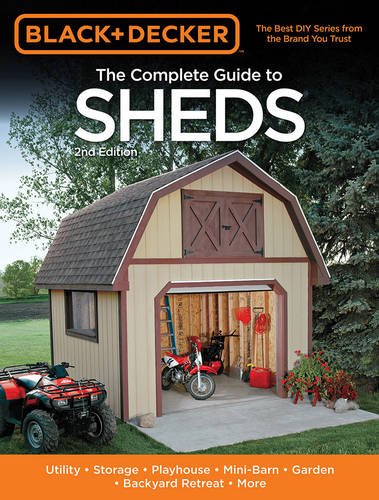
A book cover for Black & Decker The Complete Guide to Sheds, 2nd Edition: Utility, Storage, Playhouse, Mini-Barn, Garden, Backyard Retreat, More (Black & Decker Complete Guide); Editors of CPi; Crafts, Hobbies & Home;